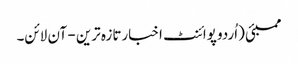
ممبئی (اُردو پوائنٹ اخبارتازہ ترین - آن لائن۔